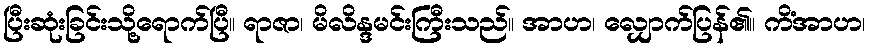
ပြီးဆုံးခြင်းသို့ရောက်ပြီ။ ရာဇာ၊ မိလိန္ဒမင်းကြီးသည်။ အာဟ၊ လျှောက်ပြန်၏။ ကိံအာဟ၊